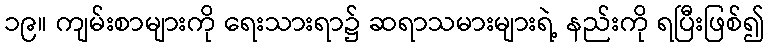
၁၉။ ကျမ်းစာများကို ရေးသားရာ၌ ဆရာသမားများရဲ့ နည်းကို ရပြီးဖြစ်၍